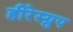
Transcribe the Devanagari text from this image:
हीरेस्ग्रुप